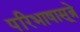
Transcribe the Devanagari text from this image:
परिभाषासूत्रे